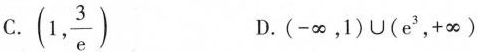
C.(1, \frac{3}{e}) D.(-∞，1)∪(e^{3}，+∞)